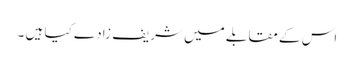
اس کے مقابلے میں شریف زادے کیا ہیں ۔